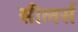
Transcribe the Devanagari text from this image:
सीलर्स